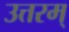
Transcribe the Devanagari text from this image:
उत्तरम्